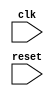
module synchronous_process (
    input wire clk,
    input wire reset
);

always @(posedge clk or negedge reset) begin
    if (clk && !reset) begin
        // Activate the synchronous process here
    end
end

endmodule